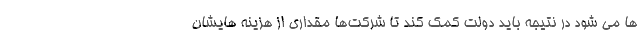
ها می شود در نتیجه باید دولت کمک کند تا شرکت‌ها مقداری از هزینه هایشان